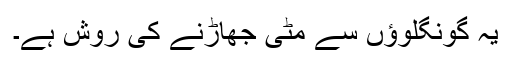
یہ گونگلوؤں سے مٹی جھاڑنے کی روش ہے۔